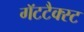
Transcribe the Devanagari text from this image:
गॅटटैक्स्ट